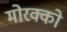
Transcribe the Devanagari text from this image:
मोरक्को